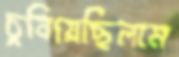
চুবিয়েছিলাম